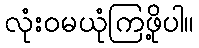
လုံးဝမယုံကြဖို့ပါ။